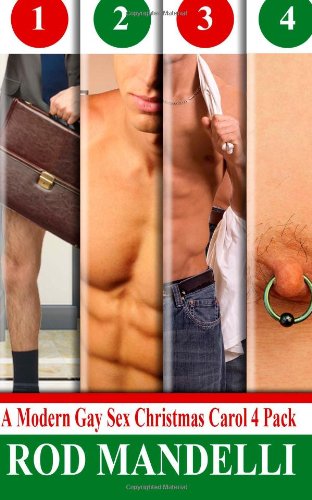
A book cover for A Modern Gay Sex Christmas Carol Four Pack # 1: Gay Erotica Bundle Collection (Volume 1); Rod Mandelli; Romance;